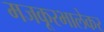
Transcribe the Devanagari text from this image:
मजकूरभालेकर